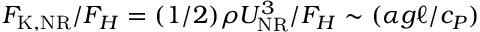
F _ { \mathrm { K , N R } } / F _ { H } = ( 1 / 2 ) \rho U _ { \mathrm { N R } } ^ { 3 } / F _ { H } \sim ( \alpha g \ell / c _ { P } )